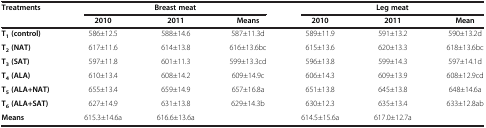
| Treatments | <COLSPAN=3> Breast meat | <COLSPAN=3> Leg meat |
 |  | 2010 | 2011 | Means | 2010 | 2011 | Mean |
 | --- | --- | --- | --- | --- | --- | --- |
 | T1 (control) | 586±12.5 | 588±14.6 | 587±11.3d | 589±11.9 | 591±13.2 | 590±13.2d |
 | T2 (NAT) | 617±11.6 | 614±13.8 | 616±13.6bc | 615±13.6 | 620±13.3 | 618±13.6bc |
 | T3 (SAT) | 597±11.8 | 601±11.3 | 599±13.3cd | 596±13.8 | 599±14.3 | 597±14.1d |
 | T4 (ALA) | 610±13.4 | 608±14.2 | 609±14.9c | 606±14.3 | 609±13.9 | 608±12.9cd |
 | T5 (ALA+NAT) | 655±13.4 | 659±14.9 | 657±16.8a | 651±13.8 | 645±13.8 | 648±14.6a |
 | T6 (ALA+SAT) | 627±14.9 | 631±13.8 | 629±14.3b | 630±12.3 | 635±13.4 | 633±12.8ab |
 | Means | 615.3±14.6a | 616.6±13.6a |  | 614.5±15.6a | 617.0±12.7a |  |